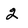
Character: 2